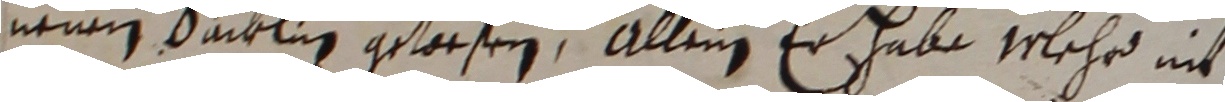
nene sacklig gewesen, allein er habe wlehr nit